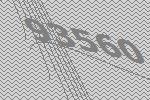
93560